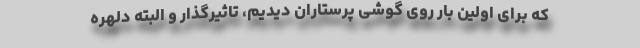
که برای اولین بار روی گوشی پرستاران دیدیم، تاثیرگذار و البته دلهره